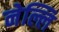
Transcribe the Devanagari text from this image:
नेल्लि